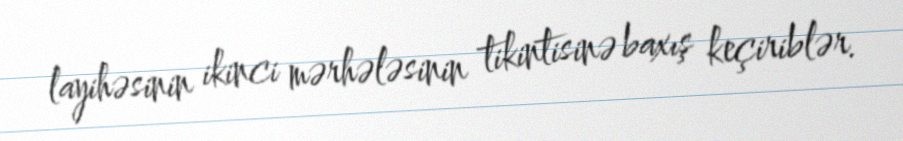
layihəsinin ikinci mərhələsinin tikintisinə baxış keçiriblər.